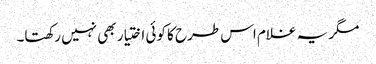
مگر یہ غلام اس طرح کا کوئی اختیار بھی نہیں رکھتا۔